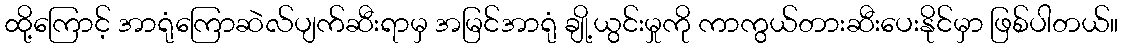
ထို့ကြောင့် အာရုံကြောဆဲလ်ပျက်ဆီးရာမှ အမြင်အာရုံ ချို့ယွင်းမှုကို ကာကွယ်တားဆီးပေးနိုင်မှာ ဖြစ်ပါတယ်။